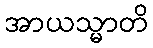
အာယသ္မာတိ